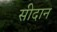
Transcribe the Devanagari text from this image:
सीदान